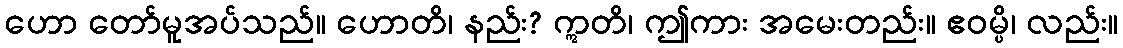
ဟော တော်မူအပ်သည်။ ဟောတိ၊ နည်း? ဣတိ၊ ဤကား အမေးတည်း။ ဧဝမ္ပိ၊ လည်း။